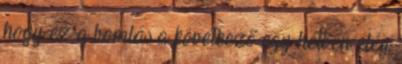
hogy ez a bomlás a következő egy hétben elég